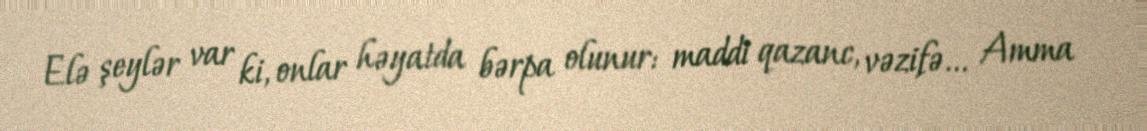
Elə şeylər var ki, onlar həyatda bərpa olunur: maddi qazanc, vəzifə... Amma